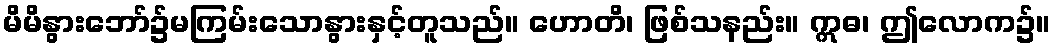
မိမိနွားဘော်၌မကြမ်းသောနွားနှင့်တူသည်။ ဟောတိ၊ ဖြစ်သနည်း။ ဣဓ၊ ဤလောက၌။